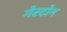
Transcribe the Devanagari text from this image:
गेस्टोन